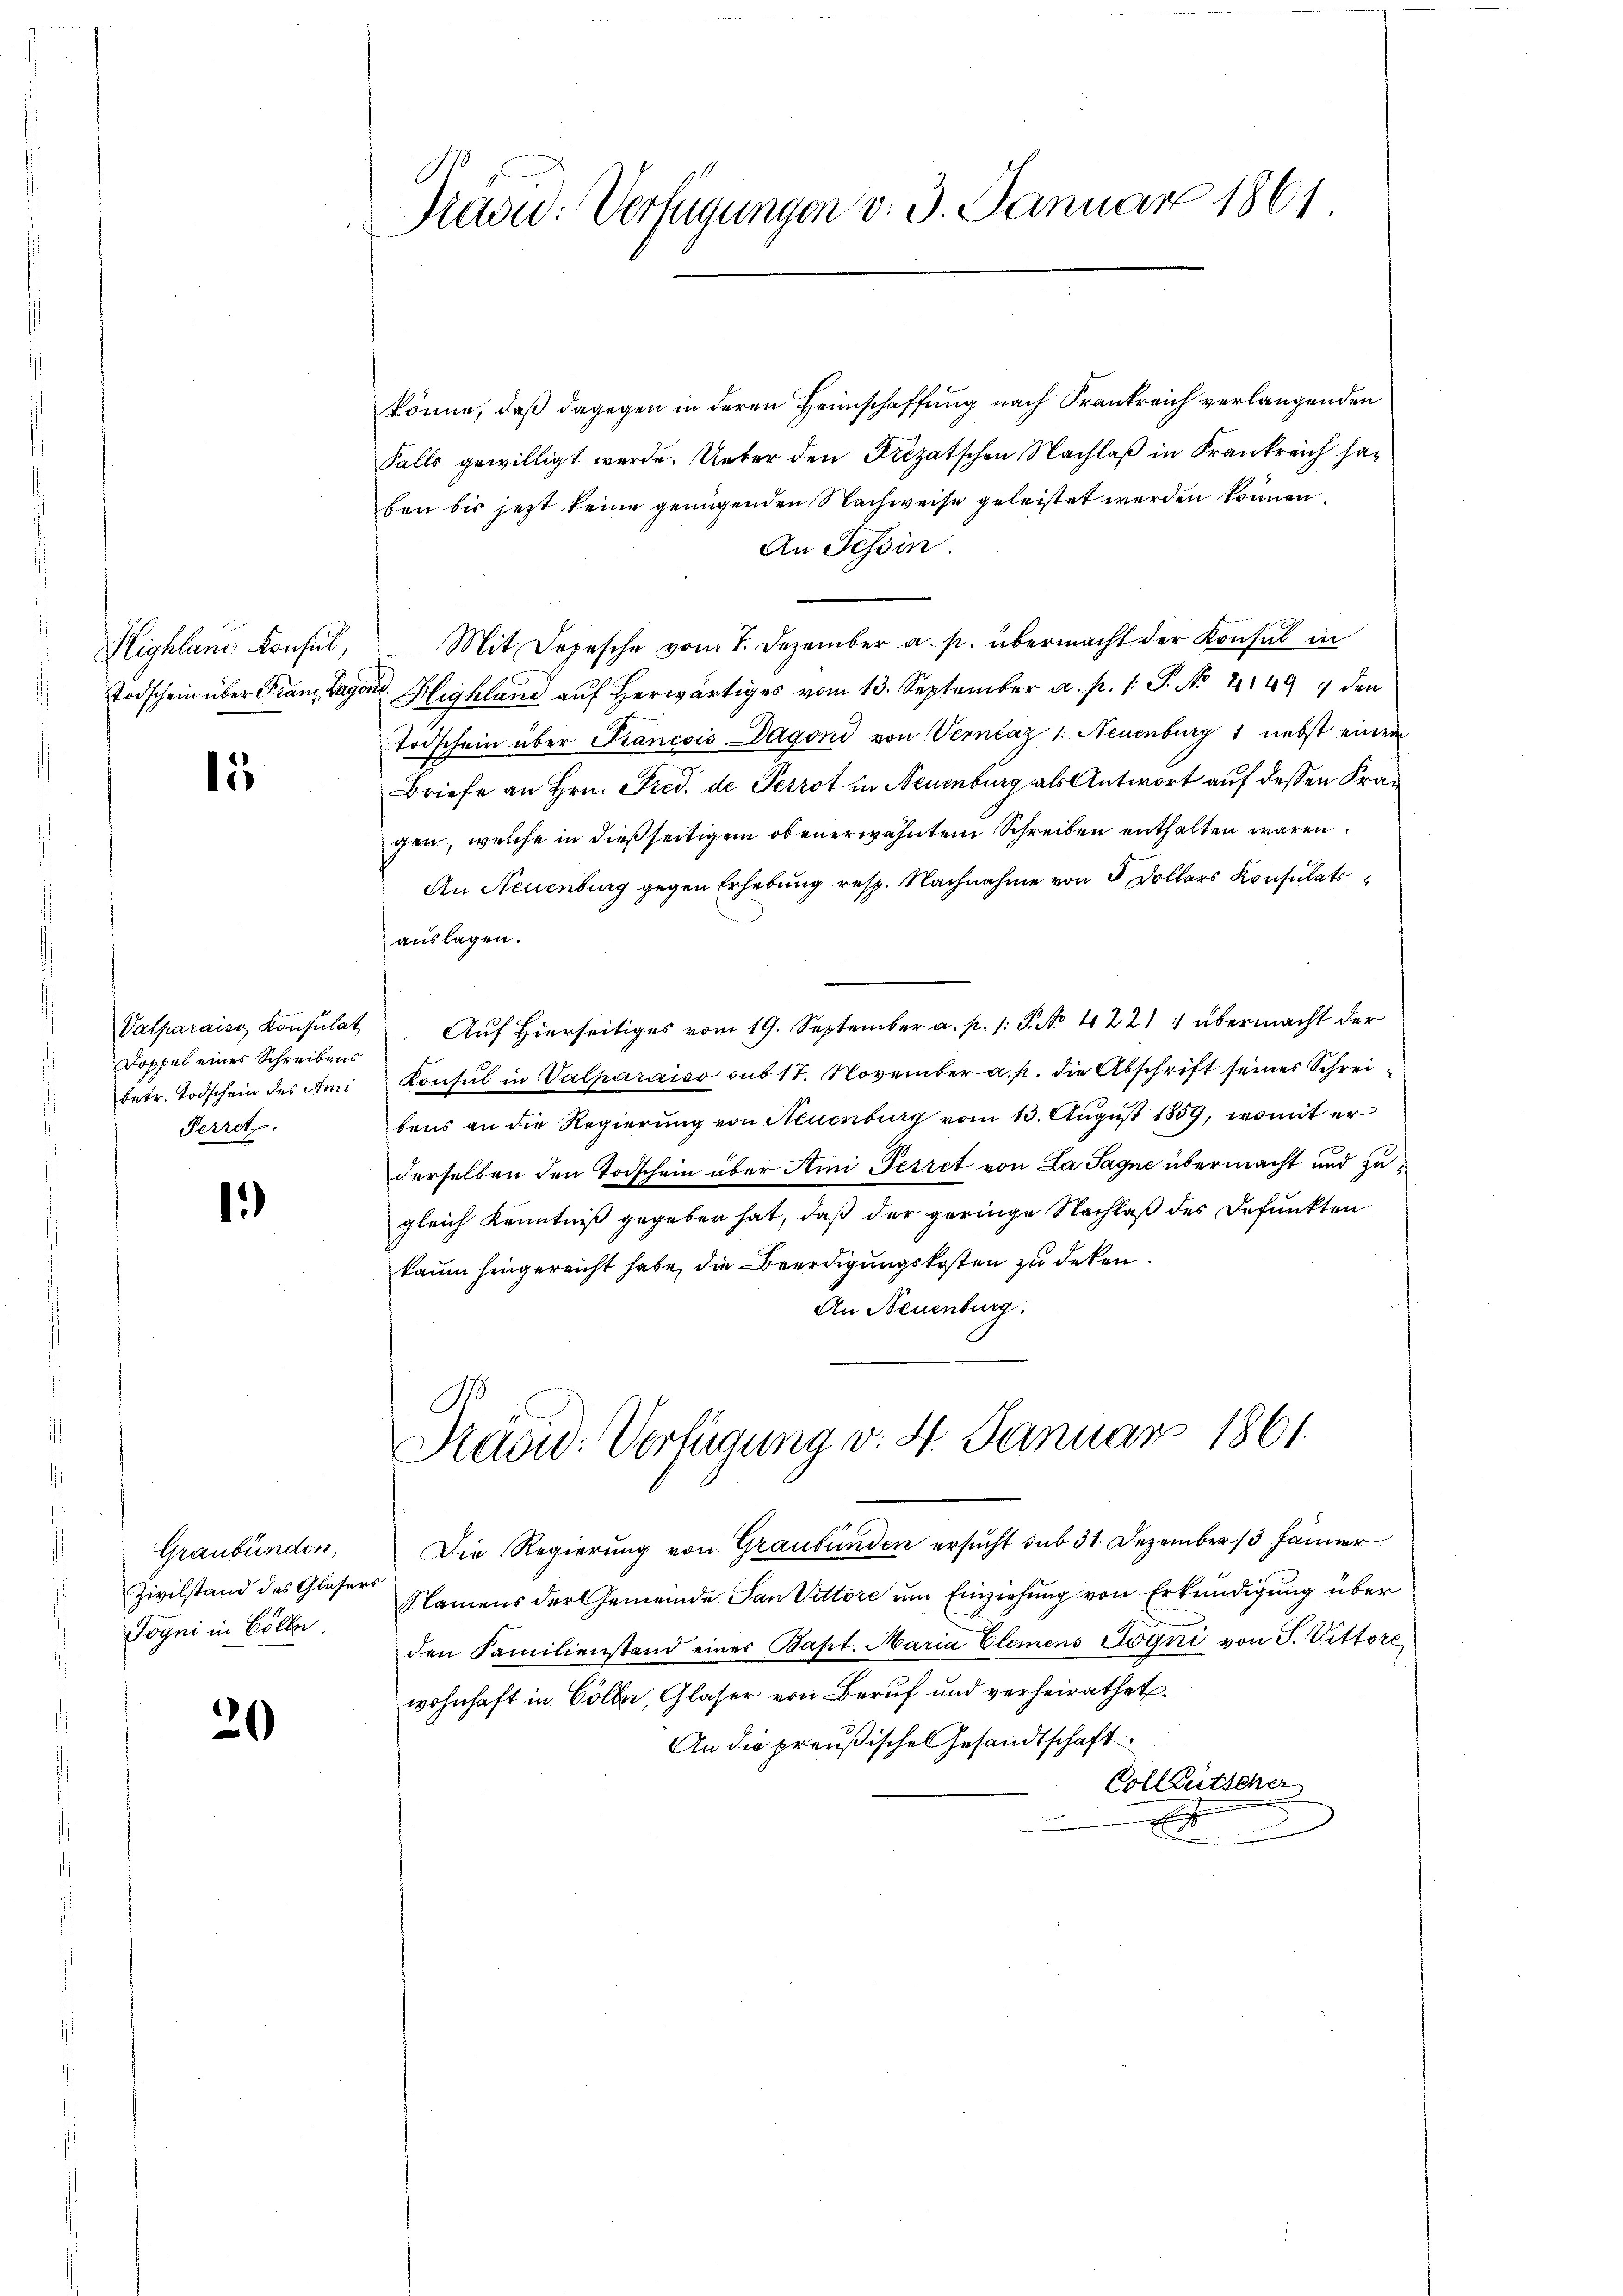
Highland Konsul,
Todschein über Franz, Tage.

15

Valparaiss Konsulat
Doppel eines Schreibens
betr. Todschein des Ami
Perret.

1)

Graubünden,
Zivilstand des Glaser
Pogni in Colle

20

Paou: Verfügungen v. 3. Januar 1861

könne, daß dagegen in deren Heimschaffung nach Frankreich verlangenden
Falls gewilligt werde. Unter den Frizatschen Nachlaß in Krankreich haben bis jetzt keine genügenden Nachweise geleistet werden können.
An Tessin.
Mit Depesche vom 1. Dezember a. p. übermacht der Konsul in
ud. Highland auf herwärtiges vom 13. September a. p. 1. P. No. 21494 den
Todschein über Francois Dagoni von Vernčaz 1: Neuenburg 1 nebst einem
Briefe an Hrn. Fried. de Perrot in Neuenburg als Antwort auf dessen Kragen, welche in dießseitigem obenerwähntem Schreiben enthalten wären.
An Neuenburg gegen Erhebung resp. Nachnahme von 5 Dollars Konsulats
auslagen.
Auf Hierseitiges vom 19. September a. p. 1: P. No 422 4 übermacht der
Konsul in Valparaiso sub 17. November a. p. die Abschrift seines Schreibens an die Regierung von Neuenburg vom 13. August 1859, womit er
derselben den Todschein über Ami Perret von La Sagne übermacht und zugleich Kenntniß gegeben hat, daß der geringe Nachlaß des Befunkten
kaum hingereicht habe, die Beerdigungskosten zu deten.
An Neuenburg.

Pradid: Verfügung v. 4. Januar 1861

Die Regierung von Graubünden ersucht sub 31. Dezember 13 Jänner
Namens der Gemeinde San Vittore um Einziehung von Erkundigung über
den Familienstand eines Bapt. Maria Elemens Jogni von J. Wittore
wohnhaft in Colle, Glaser von Beruf und verheirathet.
An die preußischen Gesandtschaft
Colleutscher
xx